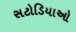
સટોડિયાઓ